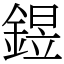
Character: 𨩄